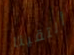
ألتقينا